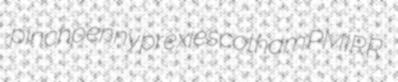
pinchpenny prexies cotham PMIRR